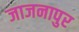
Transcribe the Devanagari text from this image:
जाजनापुर